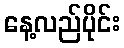
နေ့လည်ပိုင်း